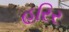
હરિર